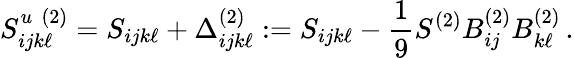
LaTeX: S_{ijk\ell}^{u\, \, (2)}=S_{ijk\ell}+\Delta_{ijk\ell}^{(2)}:=S_{ijk\ell}-\frac{1}{9}S^{(2)}B_{ij}^{(2)}B_{k\ell}^{(2)}\, .